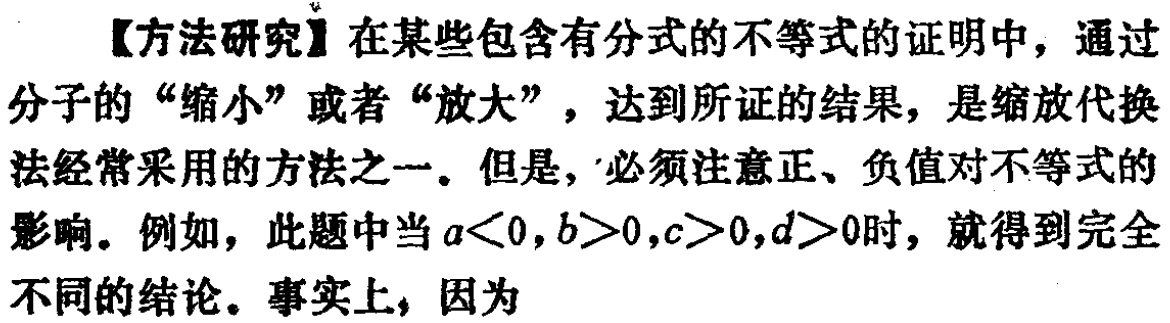
【方法研究】在某些包含有分式的不等式的证明中，通过分子的“缩小”或者“放大”，达到所证的结果，是缩放代换法经常采用的方法之一。但是，必须注意正、负值对不等式的影响。例如，此题中当\(a < 0,b > 0,c > 0,d > 0\)时，就得到完全不同的结论。事实上，因为